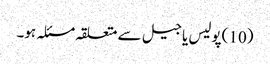
(10 )پولیس یا جیل سے متعلقہ مسئلہ ہو۔